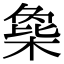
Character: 𣗸